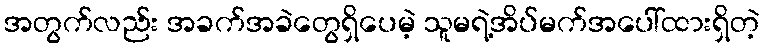
အတွက်လည်း အခက်အခဲတွေရှိပေမဲ့ သူမရဲ့အိပ်မက်အပေါ်ထားရှိတဲ့